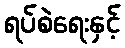
ရပ်စဲရေးနှင့်